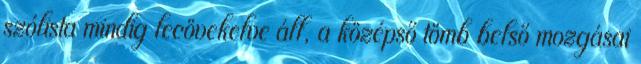
szólista mindig lecövekelve áll, a középső tömb belső mozgásai